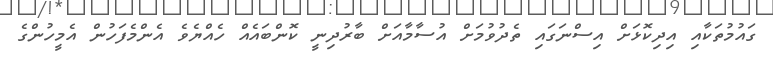
ގައުމުތަކާއި އިދިކޮޅަށް އިސްނަގައި ތެދުވުމަށް އުސާމާއަށް ބާރުދިނީ ކޮންބައެއް ހެއްޔެވެ އެންމެފަހުން އެމީހުންގެ